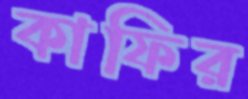
কাফির